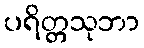
ပရိတ္တသုဘာ